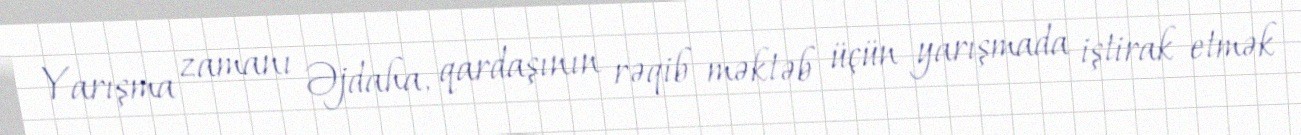
Yarışma zamanı Əjdaha, qardaşının rəqib məktəb üçün yarışmada iştirak etmək